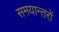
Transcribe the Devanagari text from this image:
समयान्तरों